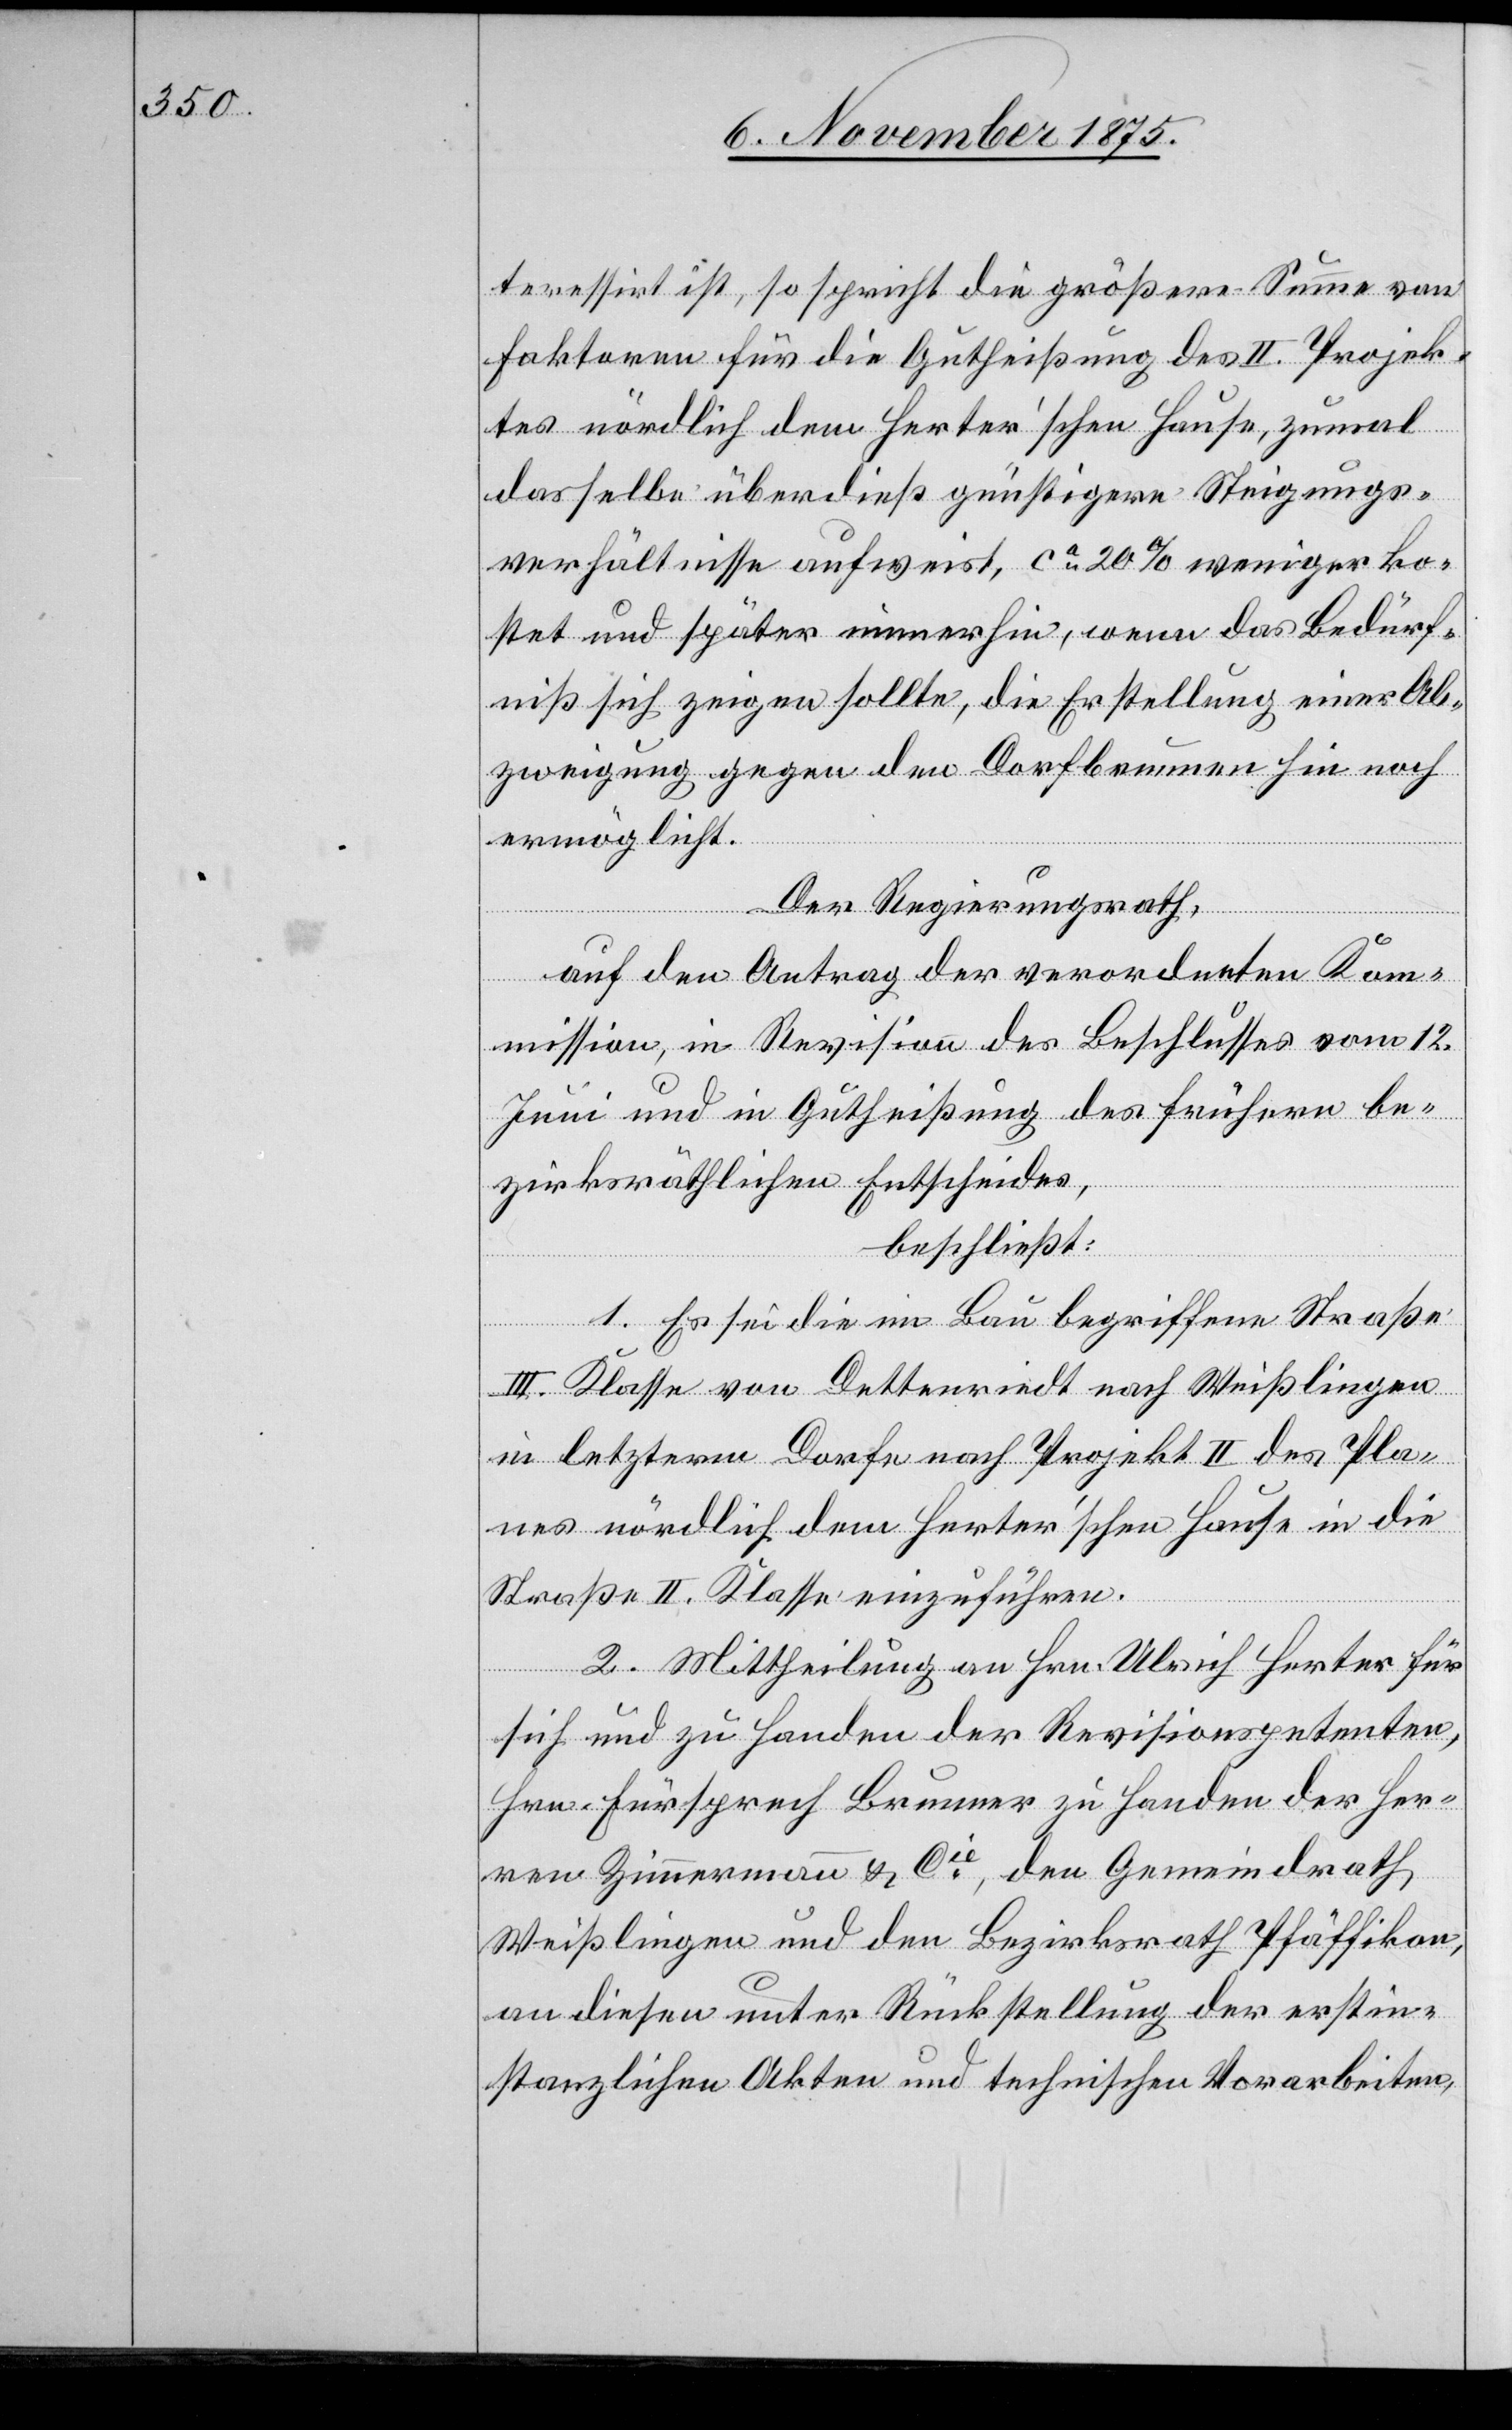
teressirt ist, so spricht die größere Summe von
Faktoren für die Gutheißung des II. Projek¬
tes nördlich dem Herter’schen Hause, zumal
dasselbe überdieß günstigere Steigungs¬
verhältnisse aufweist, ca 20% weniger ko¬
stet und später immerhin, wenn das Bedürf¬
niß sich zeigen sollte, die Erstellung einer Ab¬
zweigung gegen den Dorfbrunnen hin noch
ermöglicht.
Der Regierungsrath,
auf den Antrag der verordneten Kom¬
mission, in Revision des Beschlusses vom 12.
Juni und in Gutheißung des frühern be¬
zirksräthlichen Entscheides,
beschließt:
1. Es sei die im Bau begriffene Straße
III. Klasse von Dettenriedt nach Weißlingen
in letzterm Dorfe nach Projekt II des Pla¬
nes nördlich dem Herter’schen Hause in die
Straße II. Klasse einzuführen.
2. Mittheilung an Hrn. Ulrich Herter für
sich und zu Handen der Revisionspetenten,
Hrn. Fürsprech Brunner zu Handen der Her¬
ren Zimmermann & Cie, den Gemeindrath
Weißlingen und den Bezirksrath Pfäffikon,
an diesen unter Rückstellung der erstin¬
stanzlichen Akten und technischen Vorarbeiten,